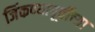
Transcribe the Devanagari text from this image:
जिंकण्यापूर्वीच्या